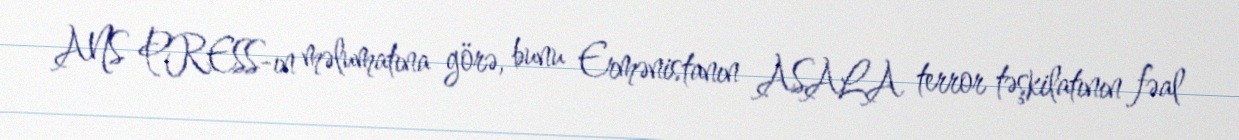
ANS PRESS-ın məlumatına görə, bunu Ermənistanın ASALA terror təşkilatının fəal